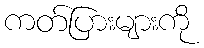
ကတ်ပြားများကို